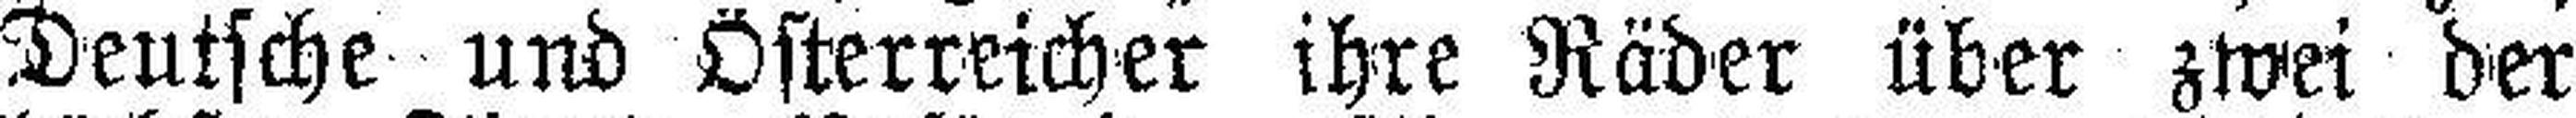
Deutsche und Österreicher ihre Räder über zwei der